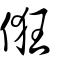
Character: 俇